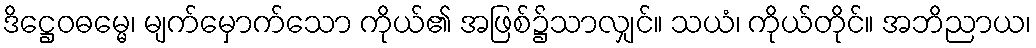
ဒိဋ္ဌေဝဓမ္မေ၊ မျက်မှောက်သော ကိုယ်၏ အဖြစ်၌သာလျှင်။ သယံ၊ ကိုယ်တိုင်။ အဘိညာယ၊